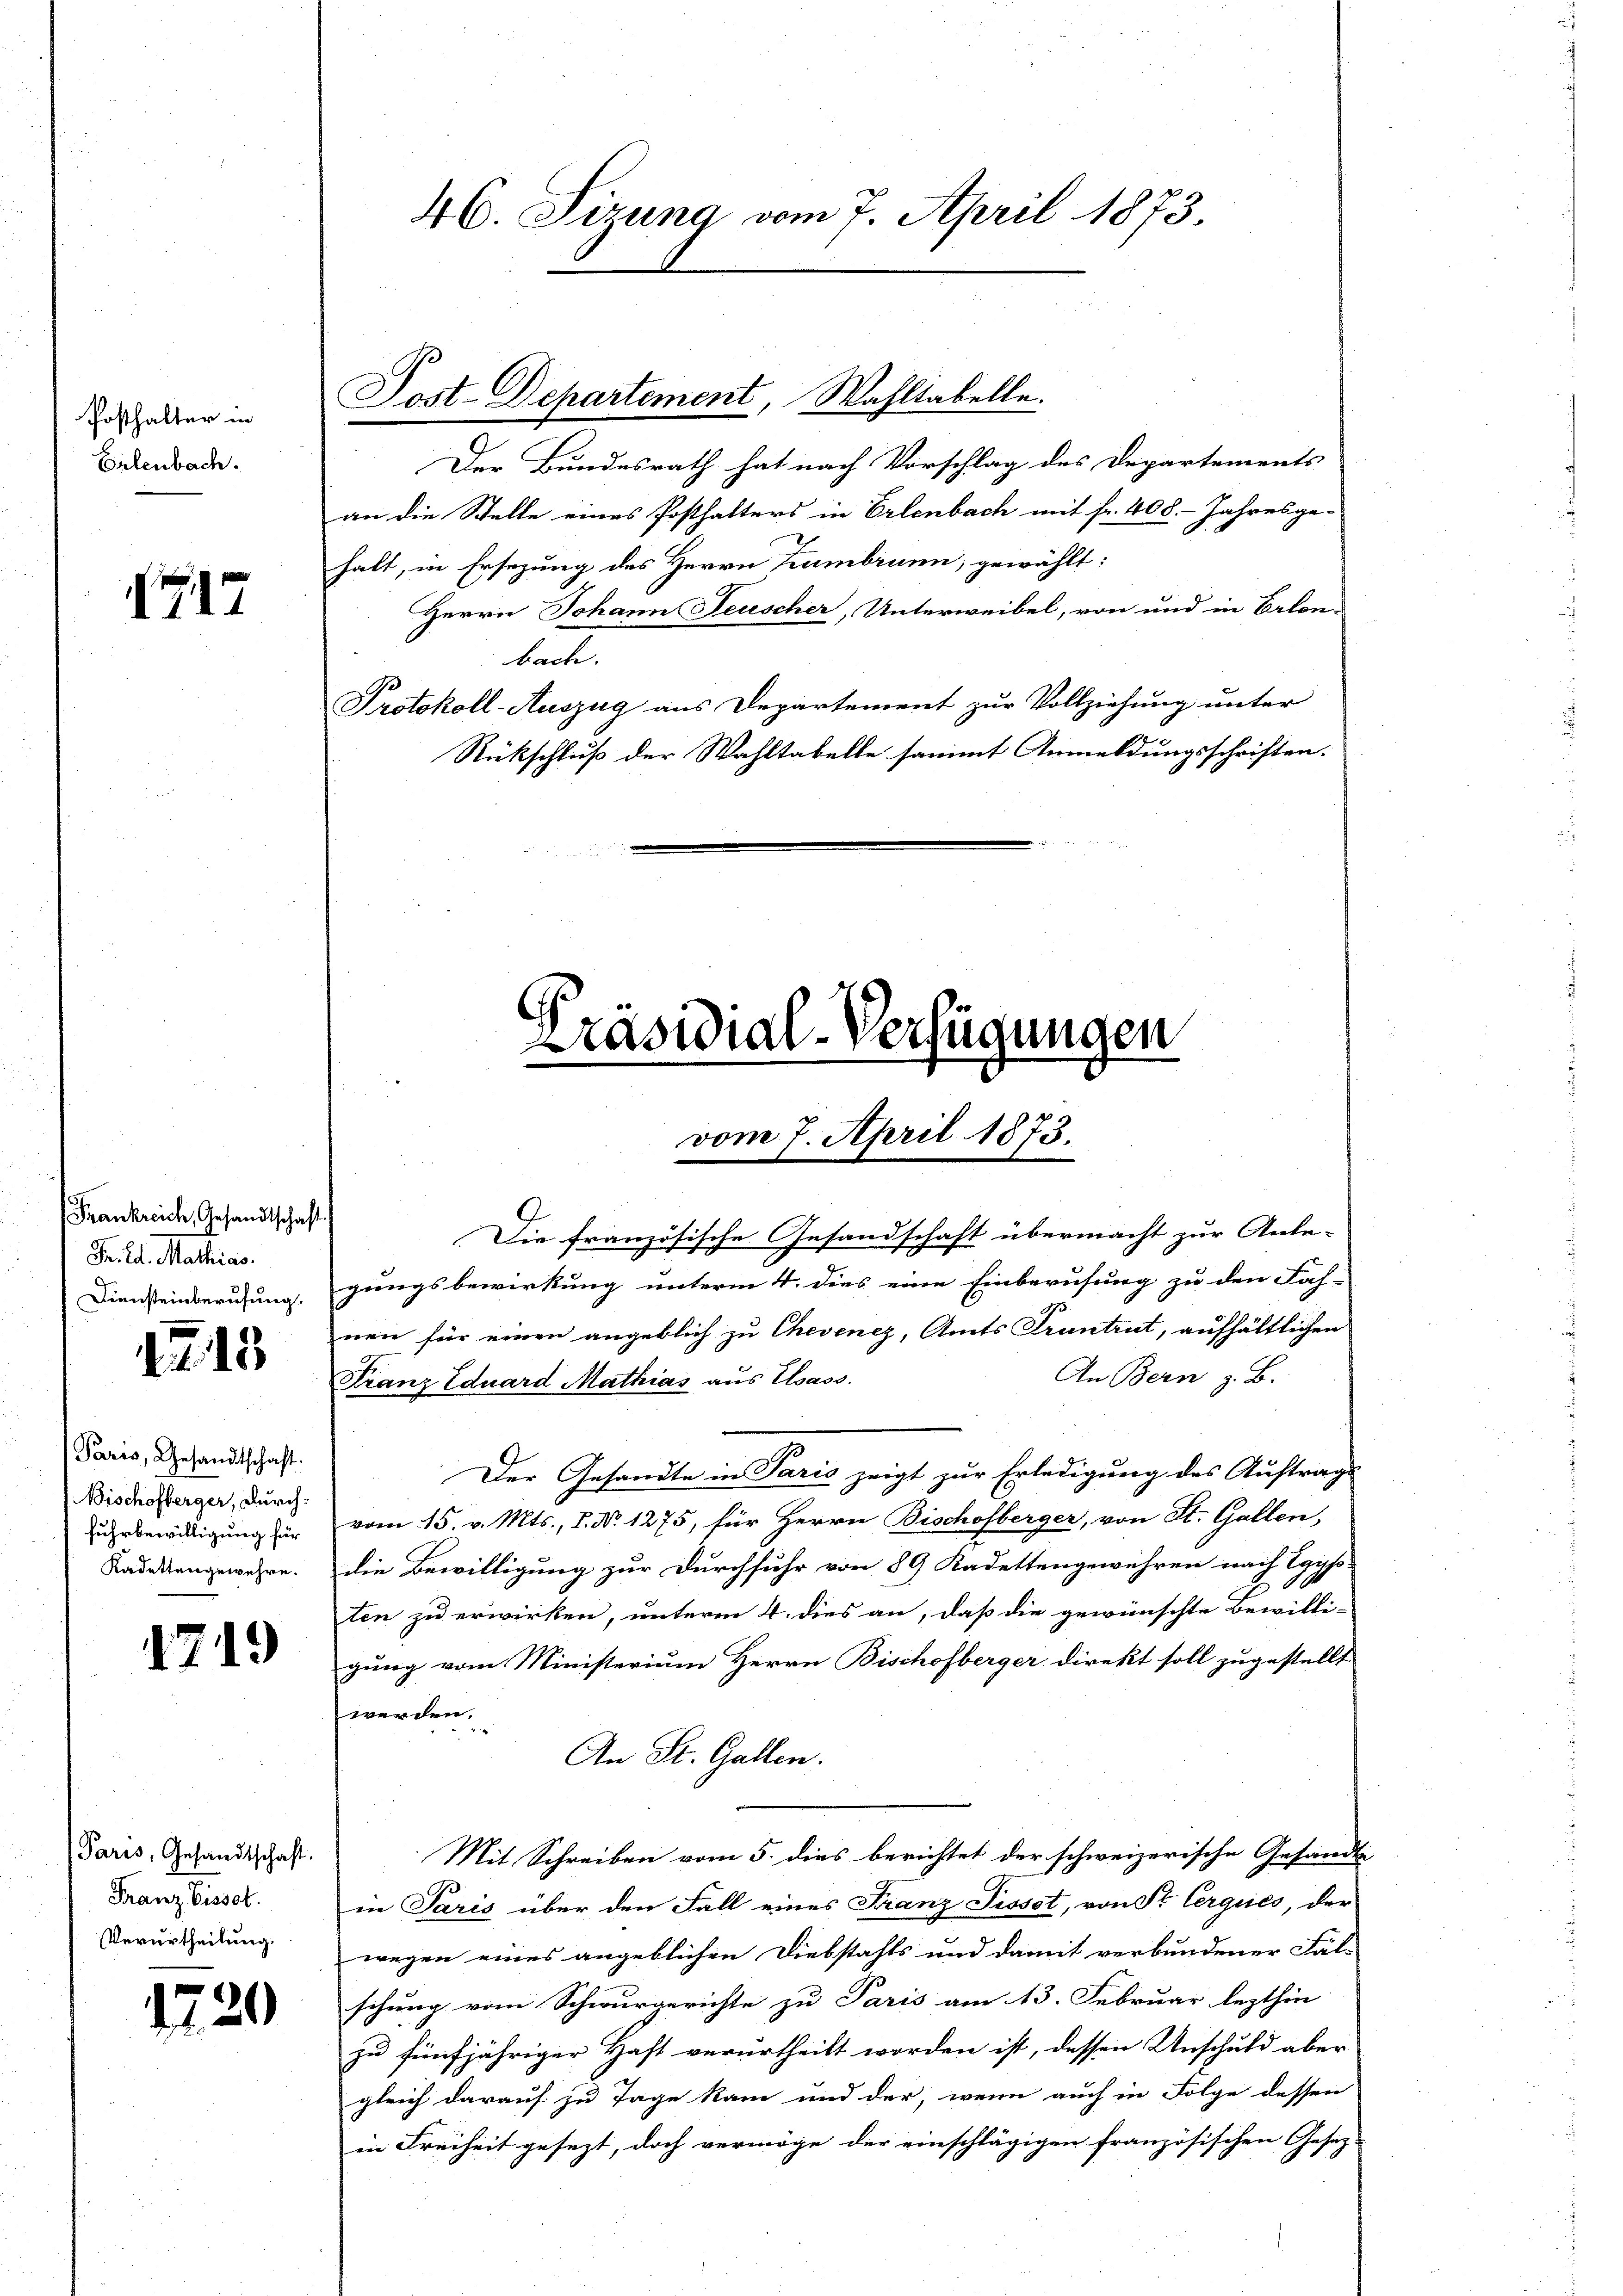
Posthalter in
Erlenbach.

717

Frankreich, Gesandtschaft
Trild Mathias.
Diensteinberufung.

1213

Paris, Gesandtschaft.
Bischofberger, durch
Fuhrbewilligung für
Kadettengewehre.

1719

Paris, Gesandtschaft.
Franz Eisset.
Verurtheilung.

1729

46. Sirung vom 7. April 1873.

Post-Departement, Wahltabelle.

Der Bundesrath hat nach Vorschlag des Departements
an die Stelle eines Posthalters in Erlenbach mit fr. 408. Jahresge-
halt, in Ersezung des Herrn Kumbrunn, gewählt:
Herrn Johann Feuscher, Unterweibel, von und in Erlen-
bach.
Protokoll-Auszug aus Departement zur Vollziehung unter
Rückschluß der Wahltabelle sammt Anmeldungsschriften.

vom 7. April 1873.

Präsidial-Verfügungen

Die französische Gesandschaft übermacht zur Anbe-
gungsbewirkung unterm 4. dies eine Einberufung zu den Fach-
nen für einen angeblich zu Chevenez, Amts Truntrut, aufhältlichen
An Bern z. B.
Franz Eduard Mathias aus Elsass.
Der Gesandte in Paris zeigt zur Erledigung des Auftrags
vom 15. v. Mts., 8. No. 1275, für Herrn Bischofberger, von St. Gallen,
die Bewilligung zur Durchfuhr von 89 Kadettengewähren nach Egyp
ten zu erwirken, unterm 4. dies an, daß die gewünschte Bewilli-
gung vom Ministerium Herrn Bischofberger direkt soll zugestellt
werden.
An St. Gallen.
Mit Schreiben vom 5. dies berichtet der schweizerische Gesandte
in Paris über den Fall eines Franz Pissot, von Sr Cerques, der
wegen eines angeblichen Diebstahls und damit verbundener Fäl-
schung vom Schwurgerichte zu Paris am 13. Februar lezthin
zu fünfjähriger Haft verurtheilt worden ist, dessen Anschuld aber
gleich darauf zu Tage kam und der, wenn auch in Folge dessen
in Freiheit gesezt, doch vermöge der einschlägigen französischen Gesetz